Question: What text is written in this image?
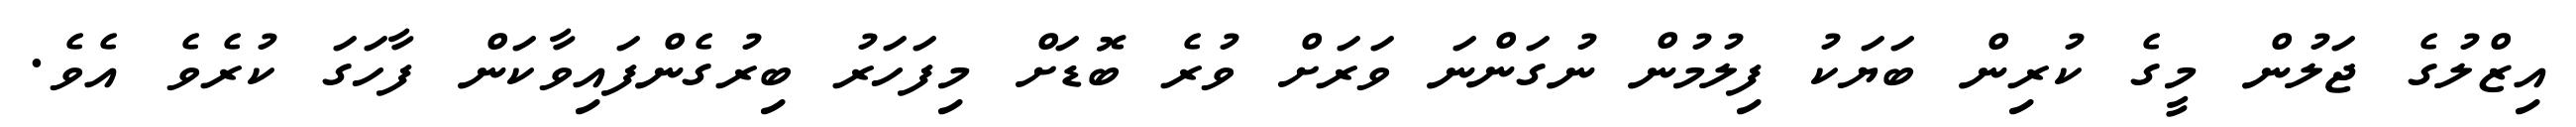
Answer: އިޒްލުގެ ޖަލުން މީގެ ކުރިން ބަޔަކު ފިލުމުން ނުގަންނަ ވަރަށް ވުރެ ބޮޑަށް މިފަހަރު ބިރުގެންފައިވާކަން ފާހަގަ ކުރެވެ އެވެ.